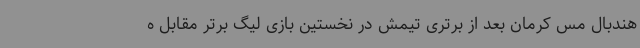
هندبال مس کرمان بعد از برتری تیمش در نخستین بازی لیگ برتر مقابل ه